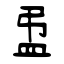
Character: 盄